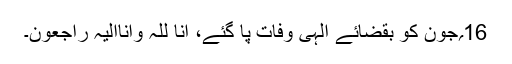
16؍جون کو بقضائے الٰہی وفات پا گئے، اِنَّا لِلّٰہِ وَاِنَّااِلَیْہِ رَاجِعُوْنَ۔